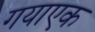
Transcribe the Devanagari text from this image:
गयाएक